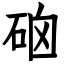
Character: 硇